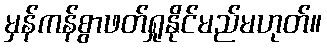
မှန်ကန်စွာဖတ်ရှုနိုင်မည်မဟုတ်။